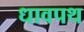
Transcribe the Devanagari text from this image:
धावपथ